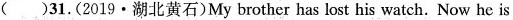
( )31.(2019·湖北黄石)My brother has lost his watch. Now he is